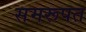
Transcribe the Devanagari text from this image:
समरूपत